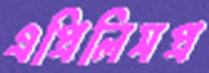
এপ্রিলিসপ্র